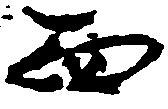
面